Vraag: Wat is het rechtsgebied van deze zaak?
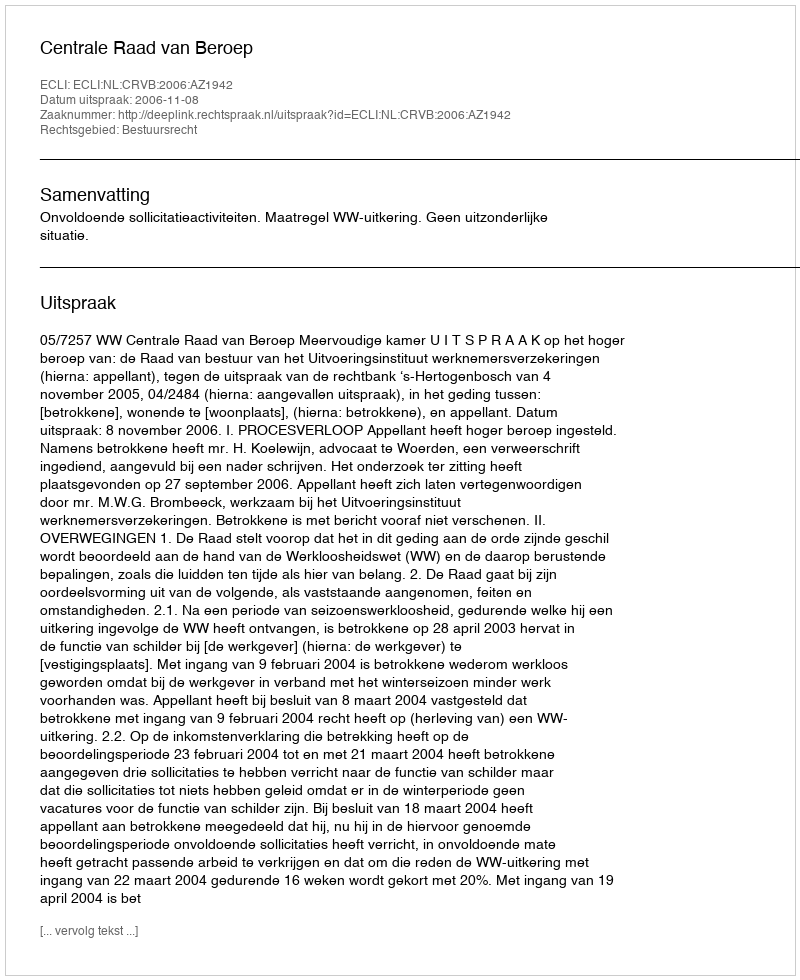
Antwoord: Bestuursrecht